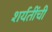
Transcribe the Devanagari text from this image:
शर्यतींची